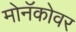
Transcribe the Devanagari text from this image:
मोनॅकोवर